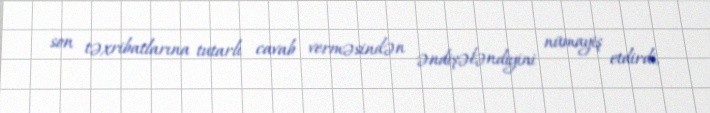
son təxribatlarına tutarlı cavab verməsindən əndişələndiyini nümayiş etdirdi,